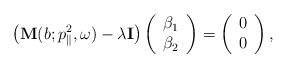
\begin{align*}\left(\mathbf{M}(b; p_{\parallel}^2, \omega) - \lambda \mathbf{I} \right)\left(\begin{array}{c}\beta_1\\ \beta_2\end{array}\right) = \left(\begin{array}{c} 0\\ 0\end{array}\right),\end{align*}